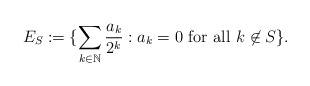
\begin{align*}E_S:=\{\sum_{k\in\mathbb{N}}\frac{a_k}{2^k}:a_k=0\,\,{\mbox{for all}}\,\, k\not\in S\}.\end{align*}